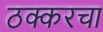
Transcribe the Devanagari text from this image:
ठक्करचा